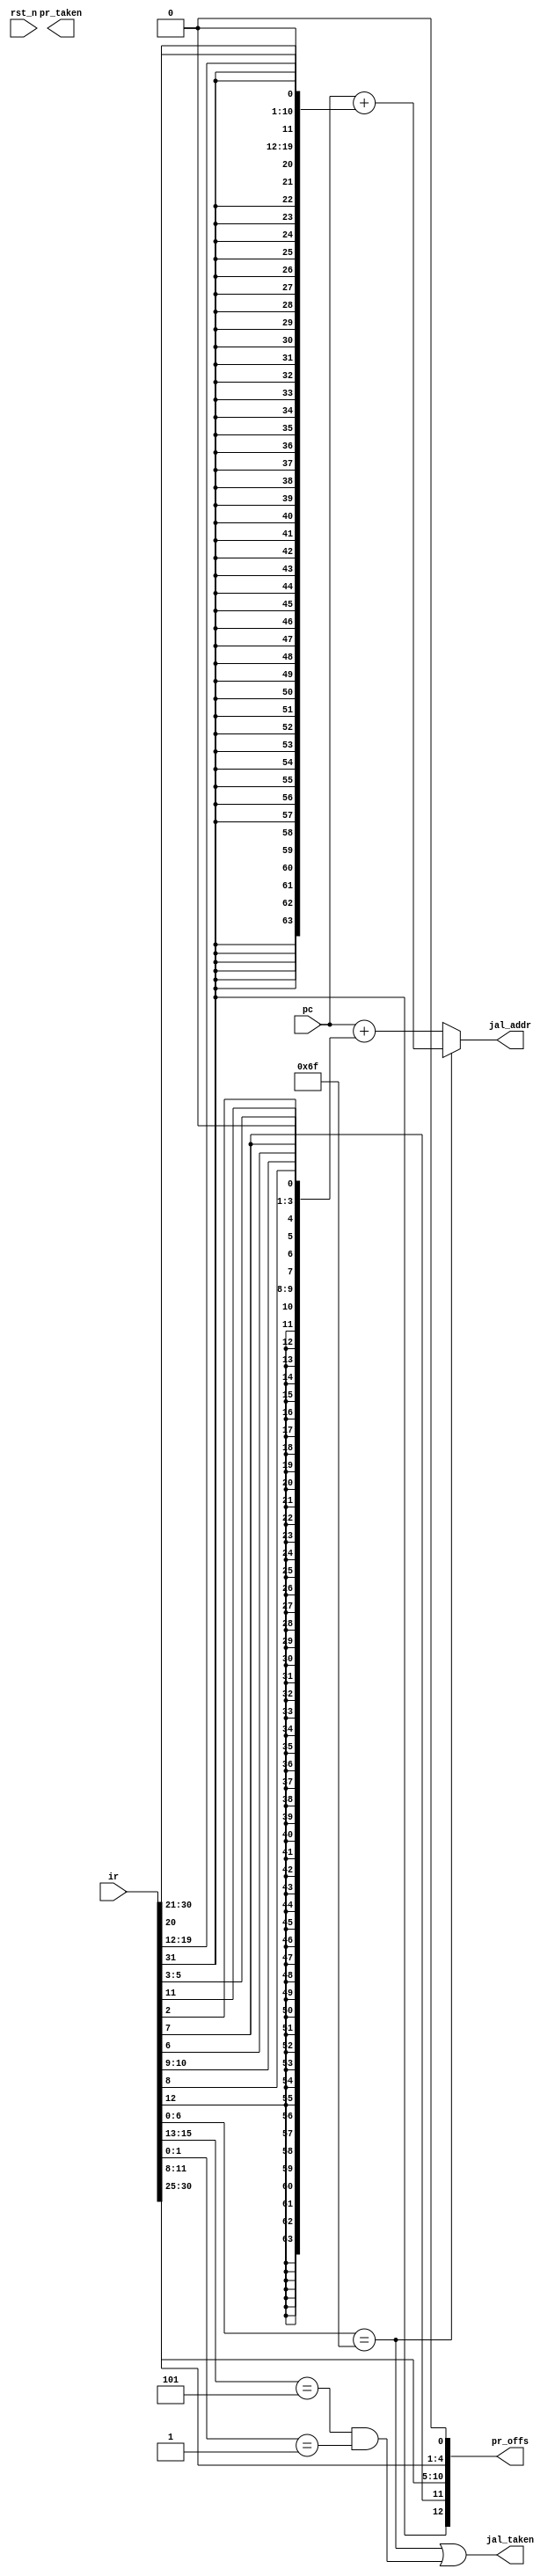
module bpu (
    input      [63:0] pc,
    input      [31:0] ir,

    output            jal_taken,
    output     [63:0] jal_addr,

    output            pr_taken,
    output     [12:0] pr_offs,

    input             rst_n
);

`ifdef BPU_STATIC_TAKEN
    // static branch prediction, all jumps taken
    assign pr_taken = ir[6:0] == 7'b1100011;
`endif

`ifdef BPU_STATIC_NTAKEN
    // static branch prediction, all jumps not taken
    assign pr_taken = 0;
`endif

`ifdef BPU_STATIC_BTAKEN
    // static branch prediction, backward jumps taken, forward jumps not taken
    assign pr_taken = ir[6:0] == 7'b1100011 && ir[31];
`endif

    assign pr_offs  = {ir[31], ir[7], ir[30:25], ir[11:8], 1'b0};

    wire        j_taken   = ir[6:0] == 7'b1101111;
    wire        j_taken_c = ir[15:13] == 3'b101 && ir[1:0] == 2'b01;

    wire [63:0] j_addr    = pc + {{43{ir[31]}}, ir[31], ir[19:12], ir[20], ir[30:21], 1'b0};
    wire [63:0] j_addr_c  = pc + {{52{ir[12]}}, ir[12], ir[8], ir[10:9], ir[6], ir[7], ir[2], ir[11], ir[5:3], 1'b0};

    assign jal_taken = j_taken | j_taken_c;
    assign jal_addr  = j_taken ? j_addr : j_addr_c;

endmodule